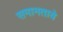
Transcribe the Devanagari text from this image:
समानताये